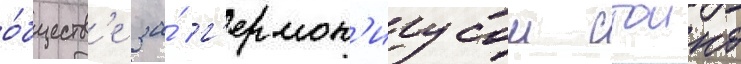
о́бществ'е за́ г'ермон'иусом стоико